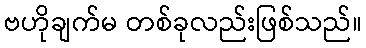
ဗဟိုချက်မ တစ်ခုလည်းဖြစ်သည်။